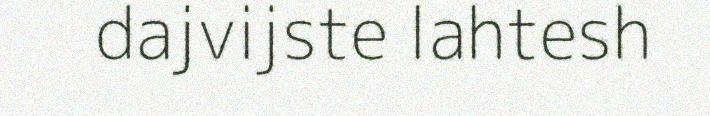
dajvijste lahtesh